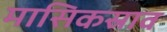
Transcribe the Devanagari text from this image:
मासिकस्राव